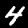
Digit: 4